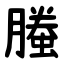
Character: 螣